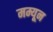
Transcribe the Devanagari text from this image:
मम्यून